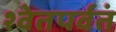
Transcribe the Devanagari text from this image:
श्वेतपर्वतं